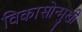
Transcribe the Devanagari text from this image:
विकासोन्मुखी